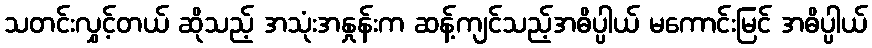
သတင်းလွှင့်တယ် ဆိုသည့် အသုံးအနှုန်းက ဆန့်ကျင်သည့်အဓိပ္ပါယ် မကောင်းမြင် အဓိပ္ပါယ်